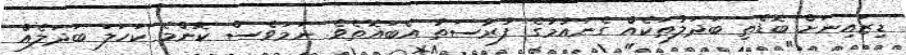
ޑިޒައިނަށް ބޮޑެތި ބަދަލުތަކެއް ގެނައުމުގެ ފުރުސަތު އެބައޮތެވެ. ނަމަވެސް ކޮންމެ ކަހަލަ ބަދަލެއް